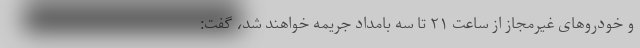
و خودروهای غیرمجاز از ساعت ۲۱ تا سه بامداد جریمه خواهند شد، گفت: